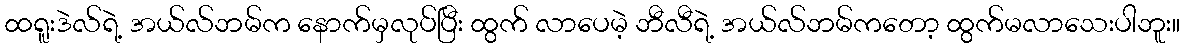
ထရူးဒဲလ်ရဲ့ အယ်လ်ဘမ်က နောက်မှလုပ်ပြီး ထွက် လာပေမဲ့ ဘီလီရဲ့ အယ်လ်ဘမ်ကတော့ ထွက်မလာသေးပါဘူး။